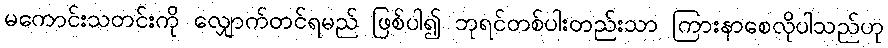
မကောင်းသတင်းကို လျှောက်တင်ရမည် ဖြစ်ပါ၍ ဘုရင်တစ်ပါးတည်းသာ ကြားနာစေလိုပါသည်ဟု